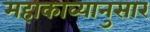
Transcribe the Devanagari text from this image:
महाकाव्यानुसार